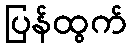
ပြန်ထွက်